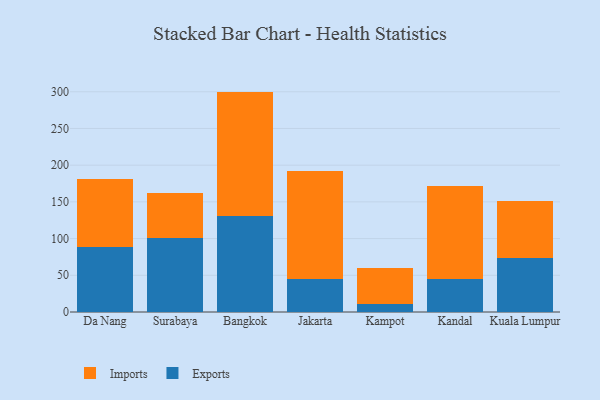
{"axis": {"x": "City", "y": "Website Visitors"}, "legend": ["Exports", "Imports"], "data": [{"x": "Da Nang", "y": 88.6, "type": "Exports"}, {"x": "Da Nang", "y": 92.3, "type": "Imports"}, {"x": "Surabaya", "y": 100.6, "type": "Exports"}, {"x": "Surabaya", "y": 61.9, "type": "Imports"}, {"x": "Bangkok", "y": 130.4, "type": "Exports"}, {"x": "Bangkok", "y": 169.8, "type": "Imports"}, {"x": "Jakarta", "y": 45.5, "type": "Exports"}, {"x": "Jakarta", "y": 147.2, "type": "Imports"}, {"x": "Kampot", "y": 11.0, "type": "Exports"}, {"x": "Kampot", "y": 49.5, "type": "Imports"}, {"x": "Kandal", "y": 44.5, "type": "Exports"}, {"x": "Kandal", "y": 127.8, "type": "Imports"}, {"x": "Kuala Lumpur", "y": 73.9, "type": "Exports"}, {"x": "Kuala Lumpur", "y": 77.2, "type": "Imports"}]}